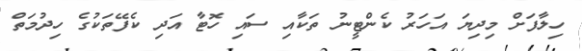
ހިލާފަށް މިދިޔަ އަހަރު ކެންޓީނު ތަކާއި ސައި ހޮޓާ އަދި ކެފޭތަކުގެ ހިދުމަތް